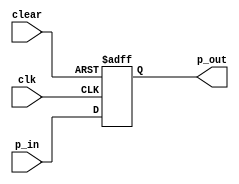
`timescale 1ns / 1ps
module pipo_leds(
    input clk,clear,
    input wire[3:0] p_in,
    output reg[3:0]p_out
 );

always @(posedge clk,posedge clear)
    begin
        if (clear)
        p_out<= 4'b0000;
            else
                p_out <= p_in;
        end
endmodule